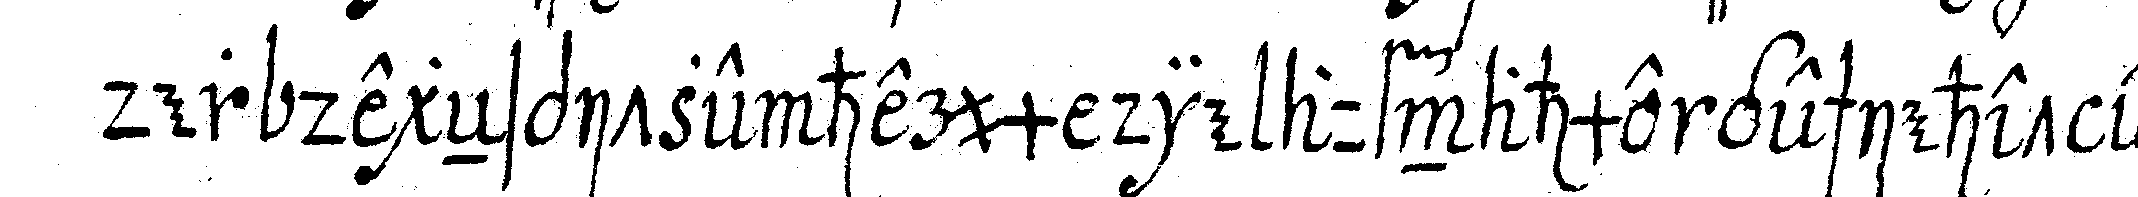
der degeNspitze herum die aufnahme geschiehet ebeN